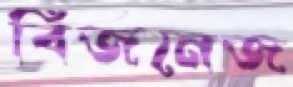
বিজনেজ